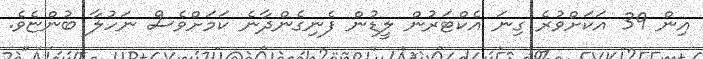
އިން 39 އަކަށްވުރެ ގިނަ އެކްޓަރުން ލީޑުން ފެނިގެންދާނެ ކަމަށްވެސް ނަހުލާ ބުންޏެވެ.